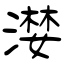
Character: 漤